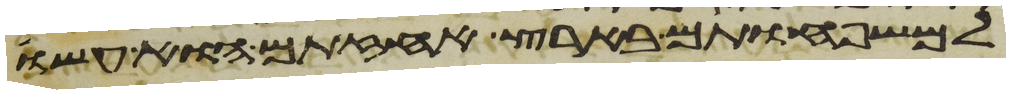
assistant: למשפחותם בארץ אחזתם הוא עשו